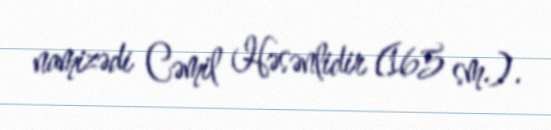
namizədi Cəmil Həsənlidir (165 sm.).